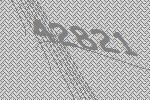
42821